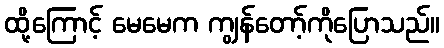
ထို့ကြောင့် မေမေက ကျွန်တော့်ကိုပြောသည်။